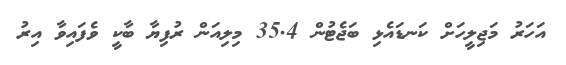
އަހަރު މަޖިލީހަށް ކަނޑައެޅި ބަޖެޓުން 35.4 މިލިއަން ރުފިޔާ ބާކީ ވެފައިވާ އިރު